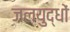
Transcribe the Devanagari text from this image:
जलयुद्धों